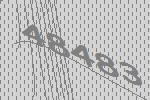
48483